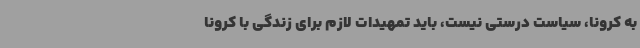
به کرونا، سیاست درستی نیست، باید تمهیدات لازم برای زندگی با کرونا